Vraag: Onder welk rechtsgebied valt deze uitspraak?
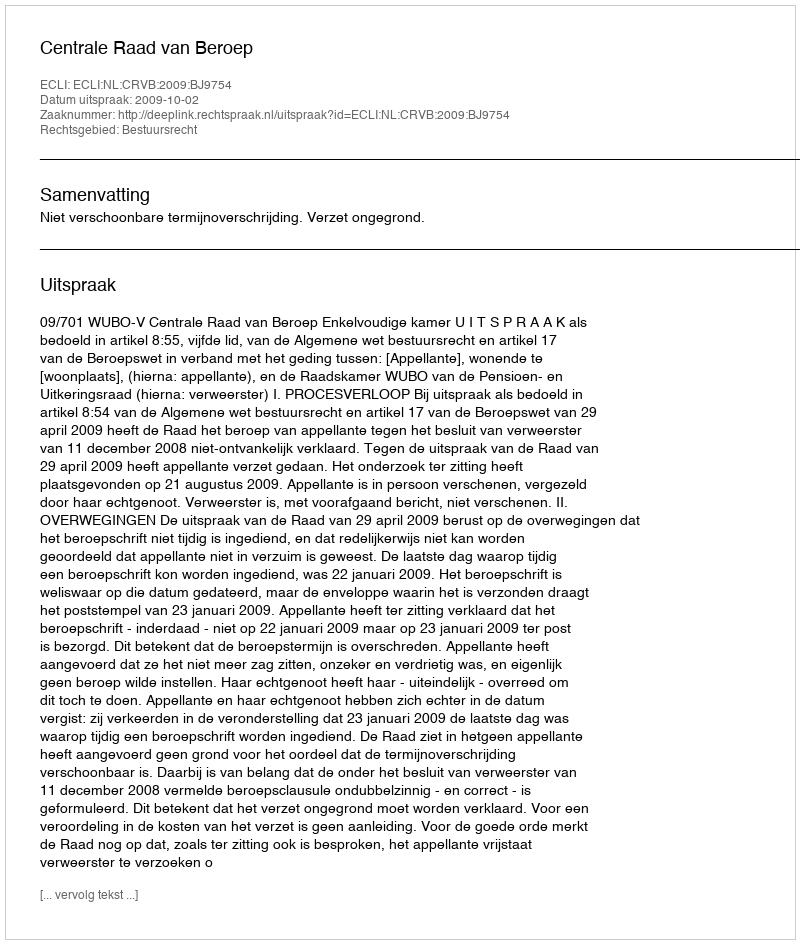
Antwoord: Bestuursrecht